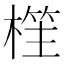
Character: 樦